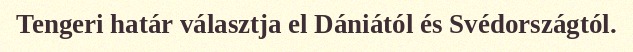
Tengeri határ választja el Dániától és Svédországtól.